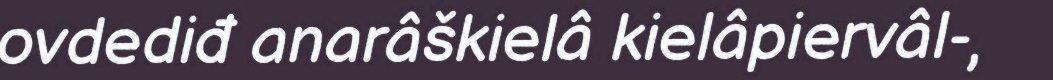
ovdediđ anarâškielâ kielâpiervâl-,